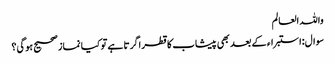
واللہ العالم
سوال:استبراء کے بعد بھی پیشاب کا قطرا گرتا ہے تو کیا نماز صحیح ہوگی؟